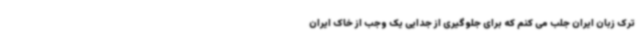
ترک زبان ایران جلب می کنم که برای جلوگیری از جدایی یک وجب از خاک ایران